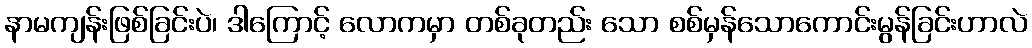
နာမကျန်းဖြစ်ခြင်းပဲ၊ ဒါကြောင့် လောကမှာ တစ်ခုတည်း သော စစ်မှန်သောကောင်းမွန်ခြင်းဟာလဲ